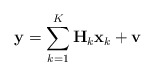
\begin{align*}{\bf{y}} = \sum\limits_{k = 1}^K {{\bf{H}}_k {\bf{x}}_k } + {\bf{v}}\end{align*}